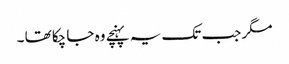
مگر جب تک یہ پہنچے وہ جا چکا تھا ۔